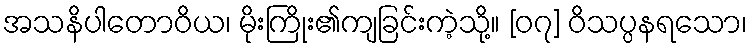
အသနိပါတောဝိယ၊ မိုးကြိုး၏ကျခြင်းကဲ့သို့။ [၀၇] ဝိသပ္ပနရသော၊